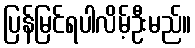
ပြန်မြင်ရပါလိမ့်ဦးမည်။